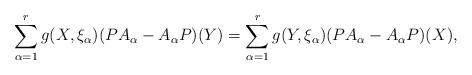
LaTeX: \begin{align*}\sum_{\alpha=1}^{r}g(X, \xi _{\alpha})(PA_{\alpha}-A_{\alpha}P)(Y)= \sum_{\alpha=1}^{r}g(Y, \xi _{\alpha})(PA_{\alpha}-A_{\alpha}P)(X),\end{align*}